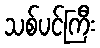
သစ်ပင်ကြီး